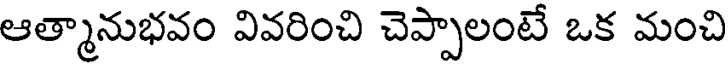
ఆత్మానుభవం వివరించి చెప్పాలంటే ఒక మంచి